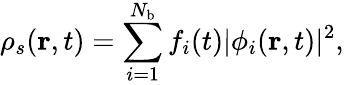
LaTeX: \rho_{s}(\mathbf{r},t)=\sum_{i=1}^{N_{\textrm{b}}}f_{i}(t)|\phi_{i}(\mathbf{r},t)|^{2},